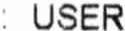
: USER